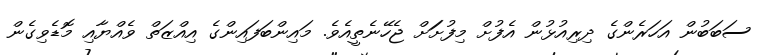
ސަބަބުން އަހަރެންގެ ދިރިއުޅުން އެފުށް މިފުށަަށް ޖެހޭނެތީއެވެ. މައިންބަފައިންގެ އިއްޒަތް ވެއްޔާއި މޮޑެވިގެން